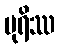
ပုရိဿ